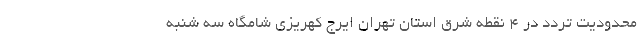
محدودیت تردد در ۴ نقطه شرق استان تهران ایرج کهریزی شامگاه سه شنبه